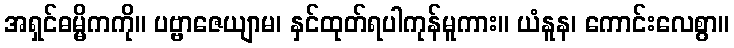
အရှင်ဓမ္မိကကို။ ပဗ္ဗာဇေယျာမ၊ နှင်ထုတ်ရပါကုန်မူကား။ ယံနူန၊ ကောင်းလေစွာ။